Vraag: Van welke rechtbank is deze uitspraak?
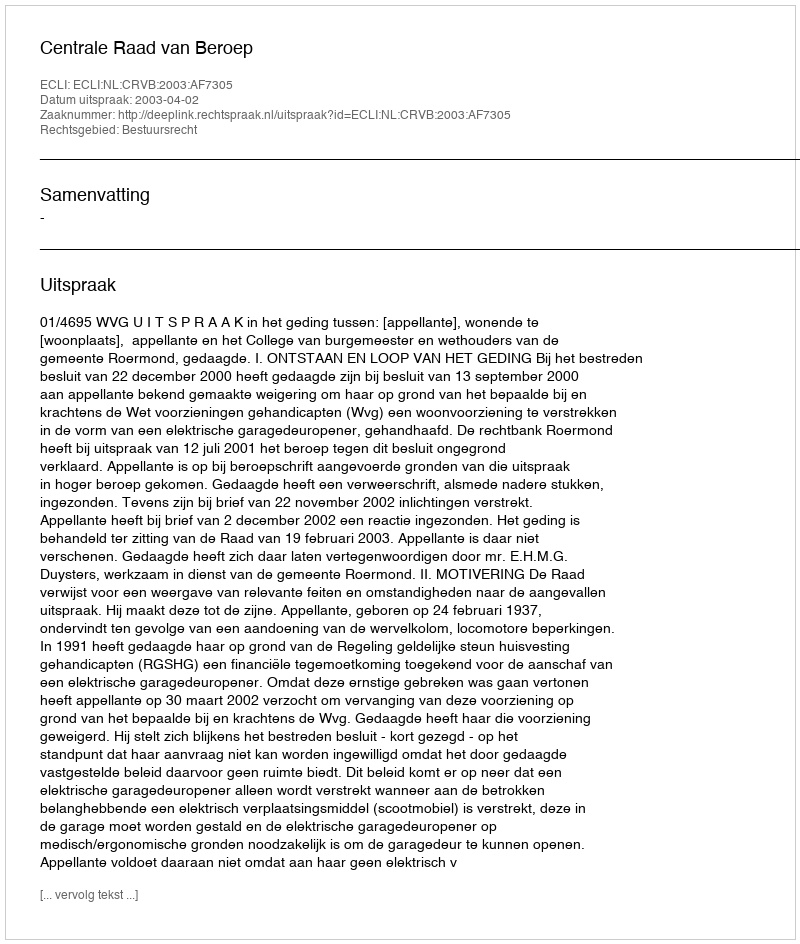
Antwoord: Centrale Raad van Beroep